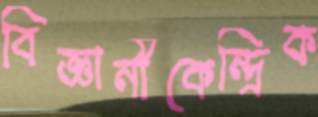
বিজ্ঞানীকেন্দ্রিক